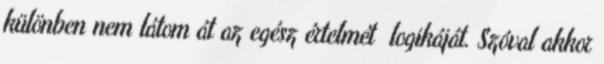
különben nem látom át az egész értelmét logikáját. Szóval akkor